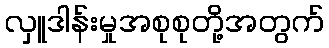
လှူဒါန်းမှုအစုစုတို့အတွက်